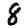
Digit: 8